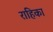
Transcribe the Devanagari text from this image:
राहिका